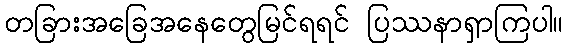
တခြားအခြေအနေတွေမြင်ရရင် ပြဿနာရှာကြပါ။